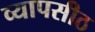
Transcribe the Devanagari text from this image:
व्यापसीठ